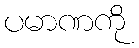
ပမာဏကို